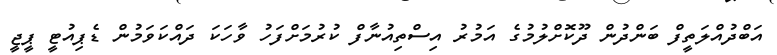
އަބްދުއްލަތީފް ބަންދުން ދޫކޮށްލުމުގެ އަމުރު އިސްތިއުނާފް ކުރުމަށްފަހު ވާހަކަ ދައްކަވަމުން ޑެޕިއުޓީ ޕީޖީ